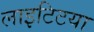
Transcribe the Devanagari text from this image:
लाइटिटया